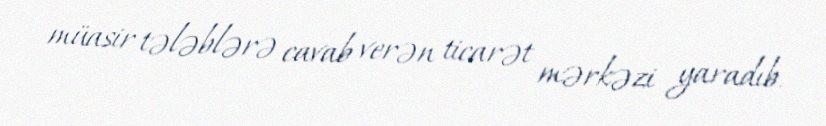
müasir tələblərə cavab verən ticarət mərkəzi yaradıb.